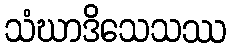
သံဃာဒိသေသဿ